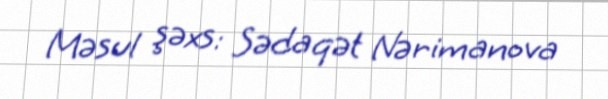
Məsul şəxs: Sədaqət Nərimanova